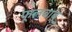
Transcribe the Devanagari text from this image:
फूलबाबू